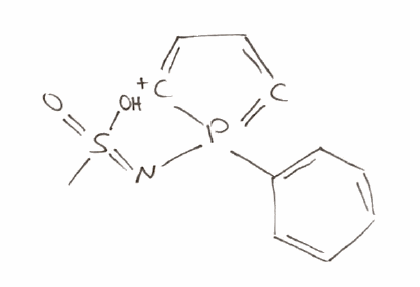
Simplified molecular-input line-entry system (SMILES) notation of the given molecule:
CS(=NP1(=C=CC=[C+]1)C2=CC=CC=C2)(=O)O